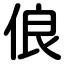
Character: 俍